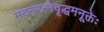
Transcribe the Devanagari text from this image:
मदनरत्नेवृद्धमनूक्तेः